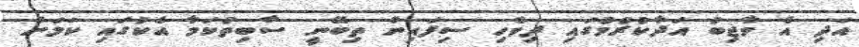
އަދި އެ ވާޖިބު އަދާކުރުމުގައި ދިވެހި ސިފައިން ތިބޭނީ ސާބިތުކަމާ އެކުގައި ކަމަށް